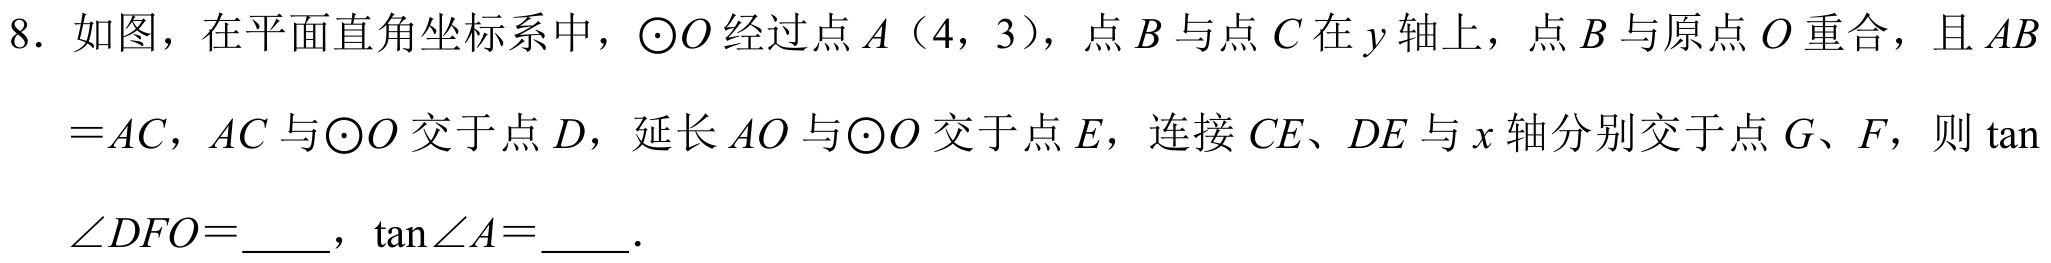
8. 如图，在平面直角坐标系中，\(\odot O\) 经过点 \(A\)（4，3），点 \(B\) 与点 \(C\) 在 \(y\) 轴上，点 \(B\) 与原点 \(O\) 重合，且 \(AB\)
\(=AC\)，\(AC\) 与\(\odot O\) 交于点 \(D\)，延长 \(AO\) 与\(\odot O\) 交于点 \(E\)，连接 \(CE\)、\(DE\) 与 \(x\) 轴分别交于点 \(G\)、\(F\)，则 \(\tan\)
\(\angle DFO=\underline{\quad\quad}\)，\(\tan\angle A=\underline{\quad\quad}\)．